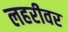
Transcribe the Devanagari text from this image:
लहरीवर